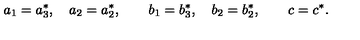
a _ { 1 } = a _ { 3 } ^ { \ast } , \quad a _ { 2 } = a _ { 2 } ^ { \ast } , \qquad b _ { 1 } = b _ { 3 } ^ { \ast } , \quad b _ { 2 } = b _ { 2 } ^ { \ast } , \qquad c = c ^ { \ast } .